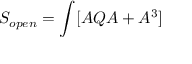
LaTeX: S _ { o p e n } = \int [ A Q A + A ^ { 3 } ]